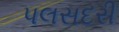
પલસદરી